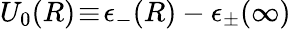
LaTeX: U_{0}(R)\! \equiv\! \epsilon_{-}(R)-\epsilon_{\pm}(\infty)